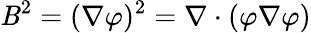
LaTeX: \mathit{B}^{2}=(\nabla\varphi)^{2}=\nabla\cdot(\varphi\nabla\varphi)